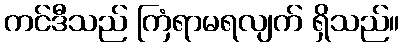
ကင်ဒီသည် ကြံရာမရလျက် ရှိသည်။